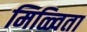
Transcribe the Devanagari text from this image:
मिळ्विता